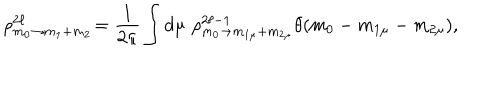
\rho _ { m _ { 0 } \rightarrow m _ { 1 } + m _ { 2 } } ^ { 2 \ell } \! = \frac { 1 } { 2 \pi } \int d \mu \, \, \rho _ { m _ { 0 } \rightarrow m _ { 1 \mu } + m _ { 2 \mu } } ^ { 2 \ell - 1 } \theta ( m _ { 0 } - m _ { 1 \mu } - m _ { 2 \mu } ) ,